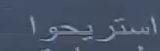
استريحوا